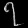
Digit: ၇